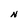
Character: N